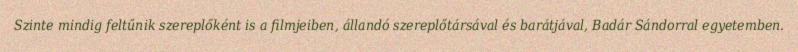
Szinte mindig feltűnik szereplőként is a filmjeiben, állandó szereplőtársával és barátjával, Badár Sándorral egyetemben.